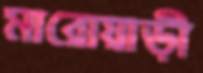
মারোয়াড়ী